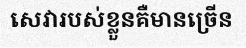
សេវារបស់ខ្លួនគឺមានច្រើន